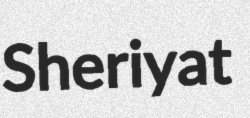
Sheriyat